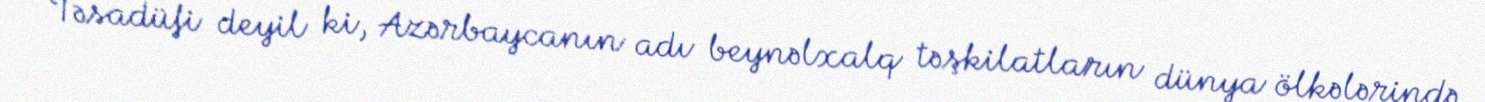
Təsadüfi deyil ki, Azərbaycanın adı beynəlxalq təşkilatların dünya ölkələrində